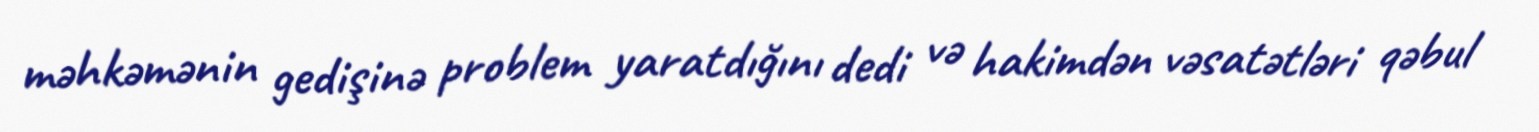
məhkəmənin gedişinə problem yaratdığını dedi və hakimdən vəsatətləri qəbul